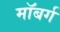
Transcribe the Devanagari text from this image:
माॅबर्ग